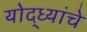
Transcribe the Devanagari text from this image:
योद्ध्यांचे